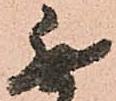
無